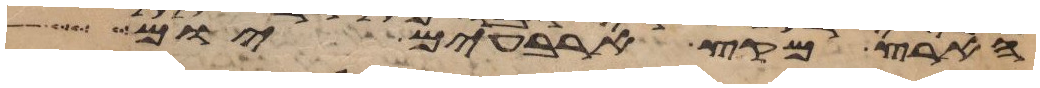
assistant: הארץ מקץ ארבעים יום